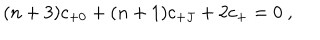
LaTeX: ( n + 3 ) c _ { + 0 } + ( n + 1 ) c _ { + J } + 2 c _ { + } = 0 \ ,